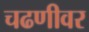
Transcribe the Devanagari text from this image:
चढणीवर